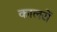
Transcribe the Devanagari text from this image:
कालरों